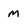
Character: M